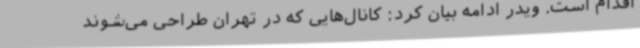
اقدام است. ویدر ادامه بیان کرد: کانال‌هایی که در تهران طراحی می‌شوند